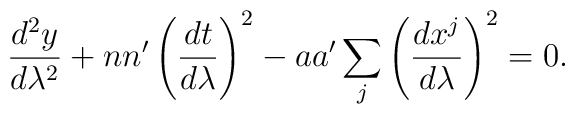
{{d^2y}\over{d\lambda^2}}+nn^{\prime}\left({{dt}\over{d\lambda}}\right)^2-aa^{\prime}\sum_j\left({{dx^j}\over{d\lambda}}\right)^2=0.